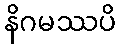
နိဂမဿပိ